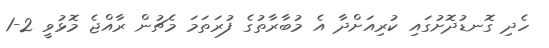
ހެދި ގޮނޑުދޮށުގައި ކުރިއަށްދާ އެ މުބާރާތުގެ ފުރަތަމަ މެޗުން ރާއްޖެ މޮޅުވީ 2-1